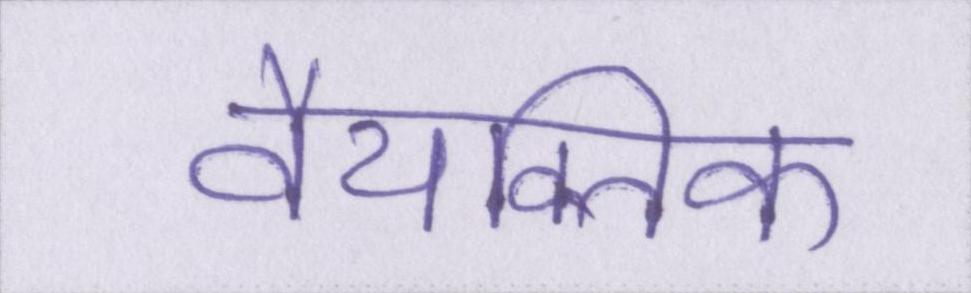
वैयक्तिक